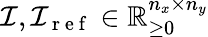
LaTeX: \mathcal{I},\mathcal{I}_{\mathrm{~r~e~f~}}\in\mathbb{R}_{\ge 0}^{n_{x}\times n_{y}}